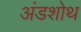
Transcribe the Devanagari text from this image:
अंडशोथ